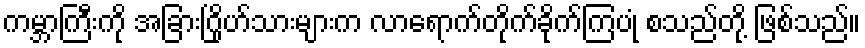
ကမ္ဘာကြီးကို အခြားဂြိုဟ်သားများက လာရောက်တိုက်ခိုက်ကြပုံ စသည်တို့ ဖြစ်သည်။